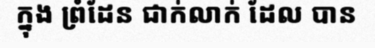
ក្នុង ព្រំដែន ជាក់លាក់ ដែល បាន